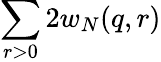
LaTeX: \sum_{r>0}2w_{N}(q,r)